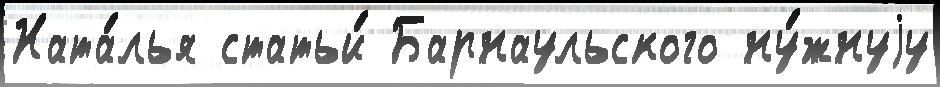
Ната́лья статьи́ Барнаульского ну́жнуjу